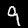
Digit: 9